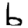
Digit: 6